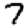
Digit: 7